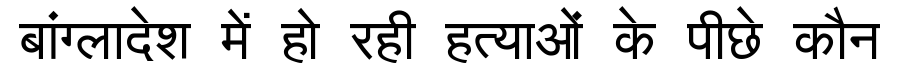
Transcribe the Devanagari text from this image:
बांग्लादेश में हो रही हत्याओं के पीछे कौन